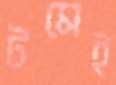
টমেই